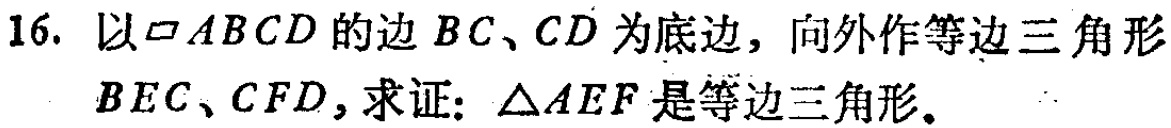
16. 以$\square ABCD$的边$BC、CD$为底边，向外作等边三角形$BEC、CFD$, 求证：$\triangle AEF$是等边三角形。